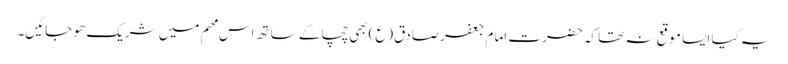
یہ کیا ایسا موقع نہ تھا کہ حضرت امام جعفر صادق(ع)بھی چچا کے ساتھ اس مھم میں شریک ھو جائیں۔